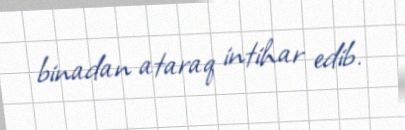
binadan ataraq intihar edib.